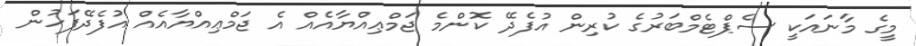
މީގެ މާނައަކީ ސެޕްޓެމްބަރުގެ ކުރިން އުފެދޭ ކޮންމެ ޖަމްޢިއްޔާއެއް އެ ޖަމްޢިއްޔާއެއް އުފެދޭފަހުން